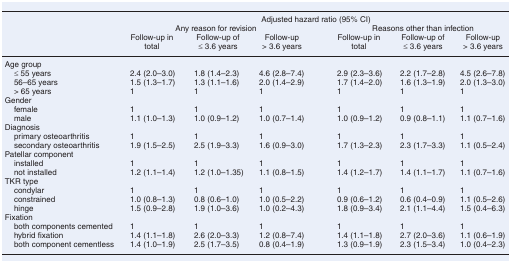
<table><thead><tr><td></td><td colspan="6"><b>Adjusted hazard ratio (95% CI)</b></td></tr><tr><td></td><td colspan="3"><b>Any reason for revision</b></td><td colspan="3"><b>Reasons other than infection</b></td></tr><tr><td><b>Follow-up in total</b></td><td><b>Follow-up of ≤ 3.6 years</b></td><td><b>Follow-up &gt; 3.6 years</b></td><td><b>Follow-up in total</b></td><td><b>Follow-up of ≤ 3.6 years</b></td><td><b>Follow-up &gt; 3.6 years</b></td></tr></thead><tbody><tr><td colspan="7">Age group</td></tr><tr><td> ≤ 55 years</td><td>2.4 (2.0–3.0)</td><td>1.8 (1.4–2.3)</td><td>4.6 (2.8–7.4)</td><td>2.9 (2.3–3.6)</td><td>2.2 (1.7–2.8)</td><td>4.5 (2.6–7.8)</td></tr><tr><td> 56–65 years</td><td>1.5 (1.3–1.7)</td><td>1.3 (1.1–1.6)</td><td>2.0 (1.4–2.9)</td><td>1.7 (1.4–2.0)</td><td>1.6 (1.3–1.9)</td><td>2.0 (1.3–3.0)</td></tr><tr><td> &gt; 65 years</td><td>1</td><td>1</td><td>1</td><td>1</td><td>1</td><td>1</td></tr><tr><td colspan="7">Gender</td></tr><tr><td> female</td><td>1</td><td>1</td><td>1</td><td>1</td><td>1</td><td>1</td></tr><tr><td> male</td><td>1.1 (1.0–1.3)</td><td>1.0 (0.9–1.2)</td><td>1.0 (0.7–1.4)</td><td>1.0 (0.9–1.2)</td><td>0.9 (0.8–1.1)</td><td>1.1 (0.7–1.6)</td></tr><tr><td colspan="7">Diagnosis</td></tr><tr><td> primary osteoarthritis</td><td>1</td><td>1</td><td>1</td><td>1</td><td>1</td><td>1</td></tr><tr><td> secondary osteoarthritis</td><td>1.9 (1.5–2.5)</td><td>2.5 (1.9–3.3)</td><td>1.6 (0.9–3.0)</td><td>1.7 (1.3–2.3)</td><td>2.3 (1.7–3.3)</td><td>1.1 (0.5–2.4)</td></tr><tr><td colspan="7">Patellar component</td></tr><tr><td> installed</td><td>1</td><td>1</td><td>1</td><td>1</td><td>1</td><td>1</td></tr><tr><td> not installed</td><td>1.2 (1.1–1.4)</td><td>1.2 (1.0–1.35)</td><td>1.1 (0.8–1.5)</td><td>1.4 (1.2–1.7)</td><td>1.4 (1.1–1.7)</td><td>1.1 (0.7–1.6)</td></tr><tr><td colspan="7">TKR type</td></tr><tr><td> condylar</td><td>1</td><td>1</td><td>1</td><td>1</td><td>1</td><td>1</td></tr><tr><td> constrained</td><td>1.0 (0.8–1.3)</td><td>0.8 (0.6–1.0)</td><td>1.0 (0.5–2.2)</td><td>0.9 (0.6–1.2)</td><td>0.6 (0.4–0.9)</td><td>1.1 (0.5–2.6)</td></tr><tr><td> hinge</td><td>1.5 (0.9–2.8)</td><td>1.9 (1.0–3.6)</td><td>1.0 (0.2–4.3)</td><td>1.8 (0.9–3.4)</td><td>2.1 (1.1–4.4)</td><td>1.5 (0.4–6.3)</td></tr><tr><td colspan="7">Fixation</td></tr><tr><td> both components cemented</td><td>1</td><td>1</td><td>1</td><td>1</td><td>1</td><td>1</td></tr><tr><td> hybrid fixation</td><td>1.4 (1.1–1.8)</td><td>2.6 (2.0–3.3)</td><td>1.2 (0.8–7.4)</td><td>1.4 (1.1–1.8)</td><td>2.7 (2.0–3.6)</td><td>1.1 (0.6–1.9)</td></tr><tr><td> both component cementless</td><td>1.4 (1.0–1.9)</td><td>2.5 (1.7–3.5)</td><td>0.8 (0.4–1.9)</td><td>1.3 (0.9–1.9)</td><td>2.3 (1.5–3.4)</td><td>1.0 (0.4–2.3)</td></tr></tbody></table>